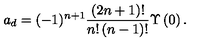
{ a _ { d } } = ( - 1 ) ^ { n + 1 } \frac { ( 2 n + 1 ) ! } { { n } ! \left( n - 1 \right) ! } \Upsilon \left( 0 \right) .